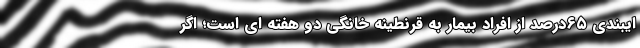
ایبندی ۶۵درصد از افراد بیمار به قرنطینه خانگی دو هفته ای است؛ اگر